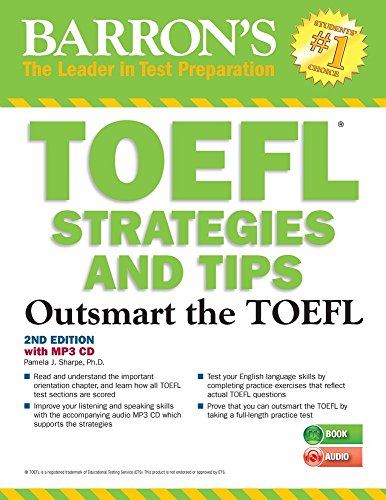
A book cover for TOEFL Strategies and Tips with MP3 CD, 2nd Edition: Outsmart the TOEFL iBT; Pamela Sharpe Ph.D.; Test Preparation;